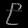
Digit: ၉